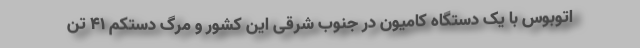
اتوبوس با یک دستگاه کامیون در جنوب شرقی این کشور و مرگ دستکم ۴۱ تن